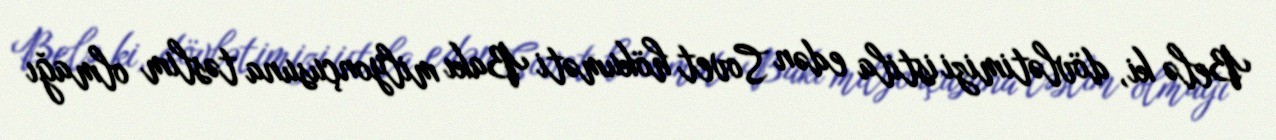
Belə ki, dövlətimizi istila edən Sovet hökuməti Bakı milyonçusuna təslim olmağı